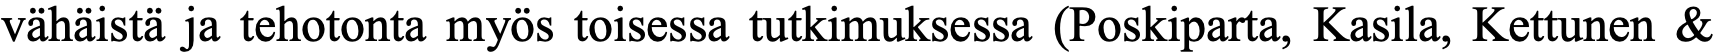
vähäistä ja tehotonta myös toisessa tutkimuksessa (Poskiparta, Kasila, Kettunen &